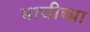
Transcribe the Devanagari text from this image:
भाचीच्या